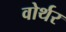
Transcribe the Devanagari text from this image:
वोर्थर